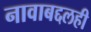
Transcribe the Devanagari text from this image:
नावाबद्दलही